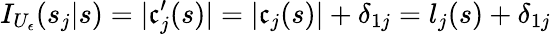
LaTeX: I_{U_{\epsilon}}(s_{j}|s)=|\mathfrak{c}_{j}^{\prime}(s)|=|\mathfrak{c}_{j}(s)|+\delta_{1j}=l_{j}(s)+\delta_{1j}